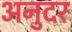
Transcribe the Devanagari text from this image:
अनुदर